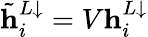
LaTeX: \tilde{\mathbf{h}}_{i}^{L\downarrow}=V\mathbf{h}_{i}^{L\downarrow}